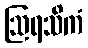
ဩရသိကံ